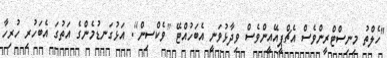
"ހެލްތު މިނިސްޓްރީންވެސް އެޗްޕީއޭއީންވެސް ވިދާޅުވަނީ އެބަހުއްޓޭ [ވެކްސިން]. އަޅުގަނޑުމެންގެ އަތުގަ އެބަހުރި ހުރިހާ